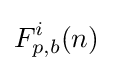
F_{p,b}^{i}(n)